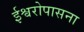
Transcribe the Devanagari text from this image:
ईश्वरोपासना